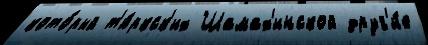
кото́рый т'ю́ркск'их Шамах'инской друг'и́е